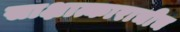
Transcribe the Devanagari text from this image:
साक्षात्काराचीच